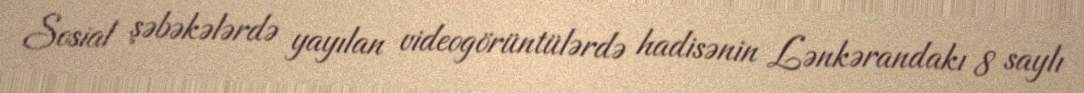
Sosial şəbəkələrdə yayılan videogörüntülərdə hadisənin Lənkərandakı 8 saylı